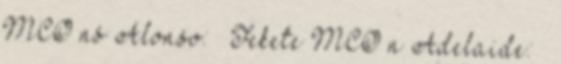
MCO ns Alonso: ♂ Fekete MCO n Adelaide: ♀